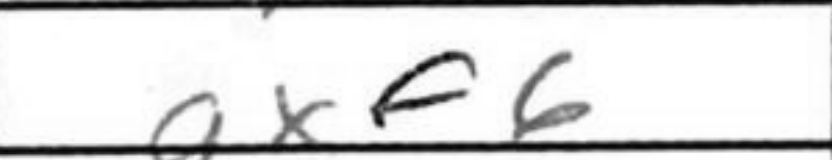
Transcription: gxf6